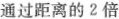
通过距离的2倍